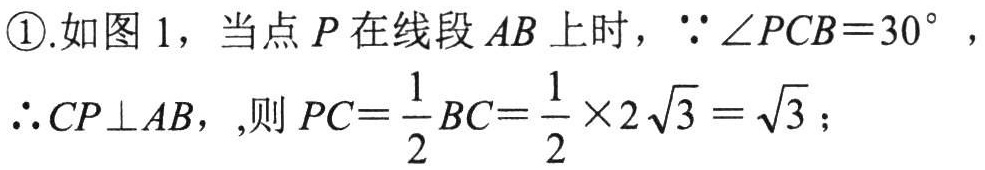
\textcircled{1}.如图1，当点$P$在线段$AB$上时，$\because\angle PCB = 30^{\circ}$，
$\therefore CP\perp AB$，,则$PC=\frac{1}{2}BC=\frac{1}{2}\times2\sqrt{3}=\sqrt{3}$；